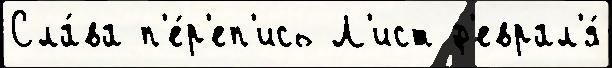
Сла́ва п'е́р'еп'ись Л'ист ф'еврал'я́